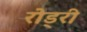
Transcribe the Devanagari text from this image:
रोड्री